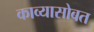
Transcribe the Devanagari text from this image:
काव्यासोबत